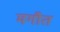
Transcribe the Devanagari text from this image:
मगौत